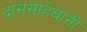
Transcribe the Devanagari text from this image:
दाससाहेबांनी